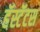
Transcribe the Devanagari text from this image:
हॅस्टॅटस